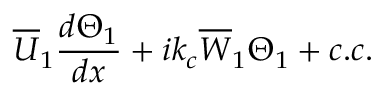
\overline { { U } } _ { 1 } \frac { d \Theta _ { 1 } } { d x } + i k _ { c } \overline { { W } } _ { 1 } \Theta _ { 1 } + c . c .